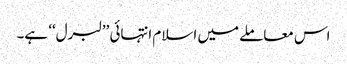
اس معاملے میں اسلام انتہائی ’’لبرل‘‘ ہے۔